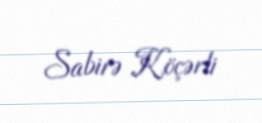
Sabirə Köçərli